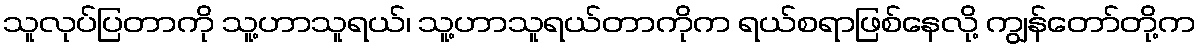
သူလုပ်ပြတာကို သူ့ဟာသူရယ်၊ သူ့ဟာသူရယ်တာကိုက ရယ်စရာဖြစ်နေလို့ ကျွန်တော်တို့က